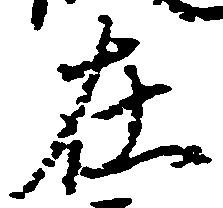
在